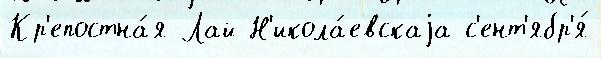
Кр'епостна́я Лай Н'икола́евскаjа с'ент'ябр'я́